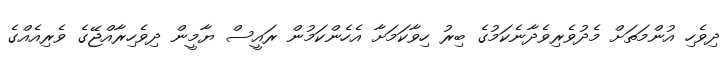
ދިވެހި އުންމަތަށް މެދުވެރިވެދާނެކަމުގެ ބިރު ހިވާކަމަށާ އެހެންކަމުން ރައީސް ޔާމީން ދިވެހިރާއްޖޭގެ ވެރިއެއްގެ